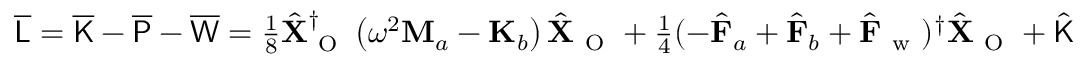
\begin{array} { r } { \overline { { \mathsf { L } } } = \overline { { \mathsf { K } } } - \overline { { \mathsf { P } } } - \overline { { \mathsf { W } } } = \frac { 1 } { 8 } \hat { \mathbf { X } } _ { \mathrm { ~ O ~ } } ^ { \dagger } \left( \omega ^ { 2 } \mathbf { M } _ { a } - \mathbf { K } _ { b } \right) \hat { \mathbf { X } } _ { \mathrm { ~ O ~ } } + \frac { 1 } { 4 } ( - \hat { \mathbf { F } } _ { a } + \hat { \mathbf { F } } _ { b } + \hat { \mathbf { F } } _ { \mathrm { ~ w ~ } } ) ^ { \dagger } \hat { \mathbf { X } } _ { \mathrm { ~ O ~ } } + \hat { \mathsf { K } } _ { 0 } - \hat { \mathsf { P } } _ { 0 } - \hat { \mathsf { W } } _ { 0 } + \mathrm { ~ c ~ . ~ c ~ . ~ } \, . } \end{array}